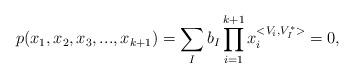
LaTeX: \begin{align*}p(x_{1},x_{2},x_{3},...,x_{k+1})=\sum_{I}b_{I}\prod_{i=1}^{k+1}x_{i}^{<{V}_{i},{V}_{I}^{\ast }>}=0,\end{align*}